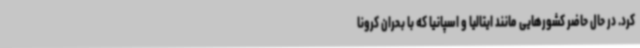
کرد. در حال حاضر کشورهایی مانند ایتالیا و اسپانیا که با بحران کرونا